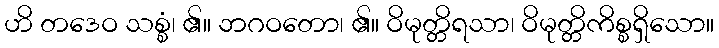
ဟိ တဒေဝ သစ္စံ၊ ၏။ ဘဂဝတော၊ ၏။ ဝိမုတ္တိရသာ၊ ဝိမုတ္တိကိစ္စရှိသော။